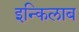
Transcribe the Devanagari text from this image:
इन्किलाब